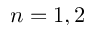
n = 1 , 2